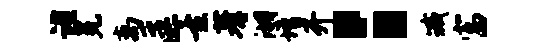
谨冕离匡重蓍湖增开：臧富